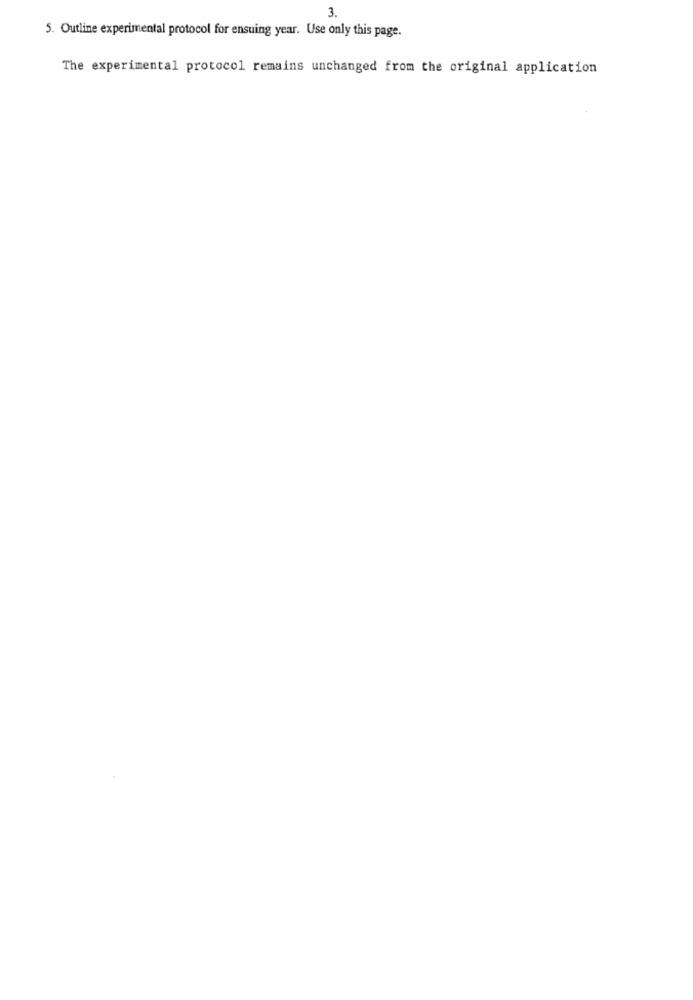
3.
5. Outline experimental protocol for ensuing year. Use only this page.
The experimental protocol remains unchanged from the original application